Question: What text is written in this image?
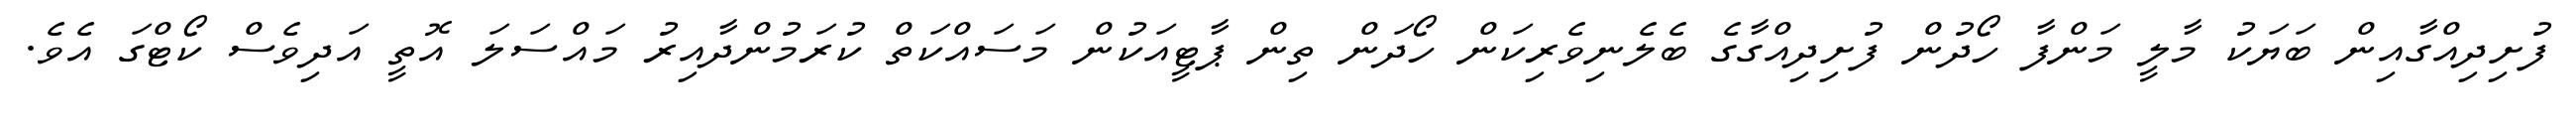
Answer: ފުށިދިއްގާއިން ބަޔަކު މާލީ މަންފާ ހޯދުން ފުށިދިއްގާގެ ބެލެނިވެރިކަން ހޯދަން ތިން ޕާޓީއަކުން މަސައްކަތް ކުރަމުންދާއިރު މައްސަލަ އޮތީ އަދިވެސް ކޯޓްގަ އެވެ.